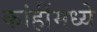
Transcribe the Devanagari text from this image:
कांहींमध्ये